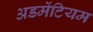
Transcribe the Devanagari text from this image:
अडमेंटियम